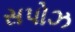
સપોઝ